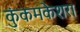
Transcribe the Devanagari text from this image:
कुंकमकेशरा